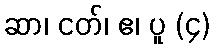
ဆာ၊ ငတ်၊ ဧ၊ ပူ (၄)